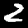
Digit: 2